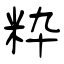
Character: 粋